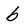
Character: b